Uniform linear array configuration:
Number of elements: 4
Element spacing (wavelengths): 0.75
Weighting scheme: kaiser
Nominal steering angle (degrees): -45
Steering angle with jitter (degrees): -45.913
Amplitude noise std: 0.05
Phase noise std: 0.05

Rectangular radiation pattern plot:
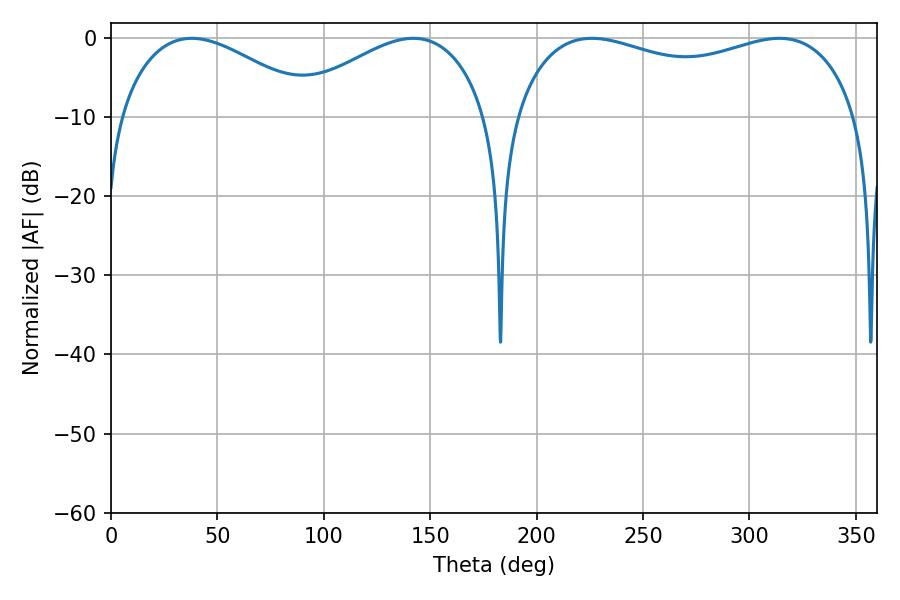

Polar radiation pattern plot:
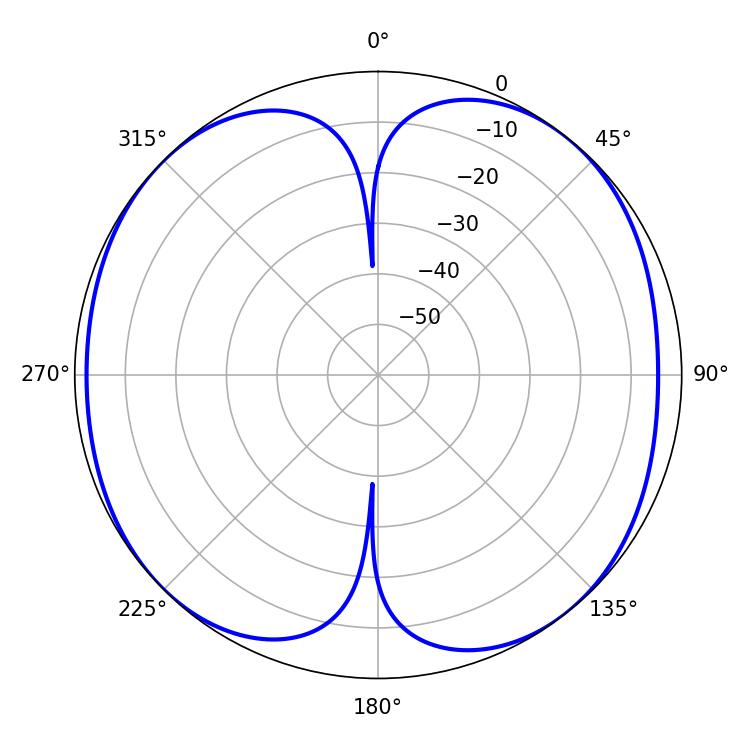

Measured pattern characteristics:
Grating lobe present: TRUE
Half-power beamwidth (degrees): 132.48
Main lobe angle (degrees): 225.9